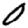
Digit: 0